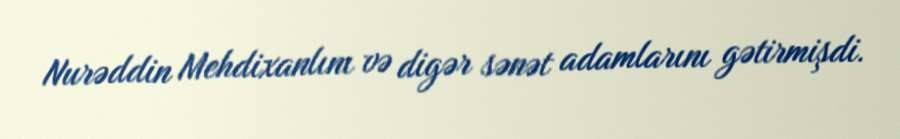
Nurəddin Mehdixanlını və digər sənət adamlarını gətirmişdi.